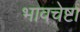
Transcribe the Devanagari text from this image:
भावचेष्टा